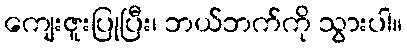
ကျေးဇူးပြုပြီး၊ ဘယ်ဘက်ကို သွားပါ။